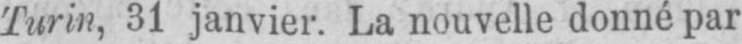
Turin, 31 janvier. La nouvelle donné par